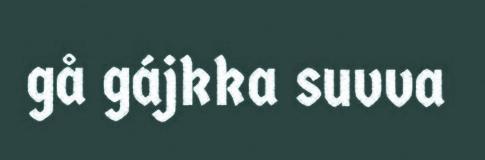
gå gájkka suvva